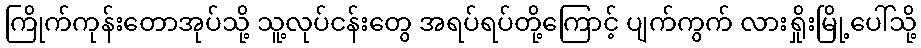
ကြိုက်ကုန်းတောအုပ်သို့ သူ့လုပ်ငန်းတွေ အရပ်ရပ်တို့ကြောင့် ပျက်ကွက် လားရှိုးမြို့ပေါ်သို့